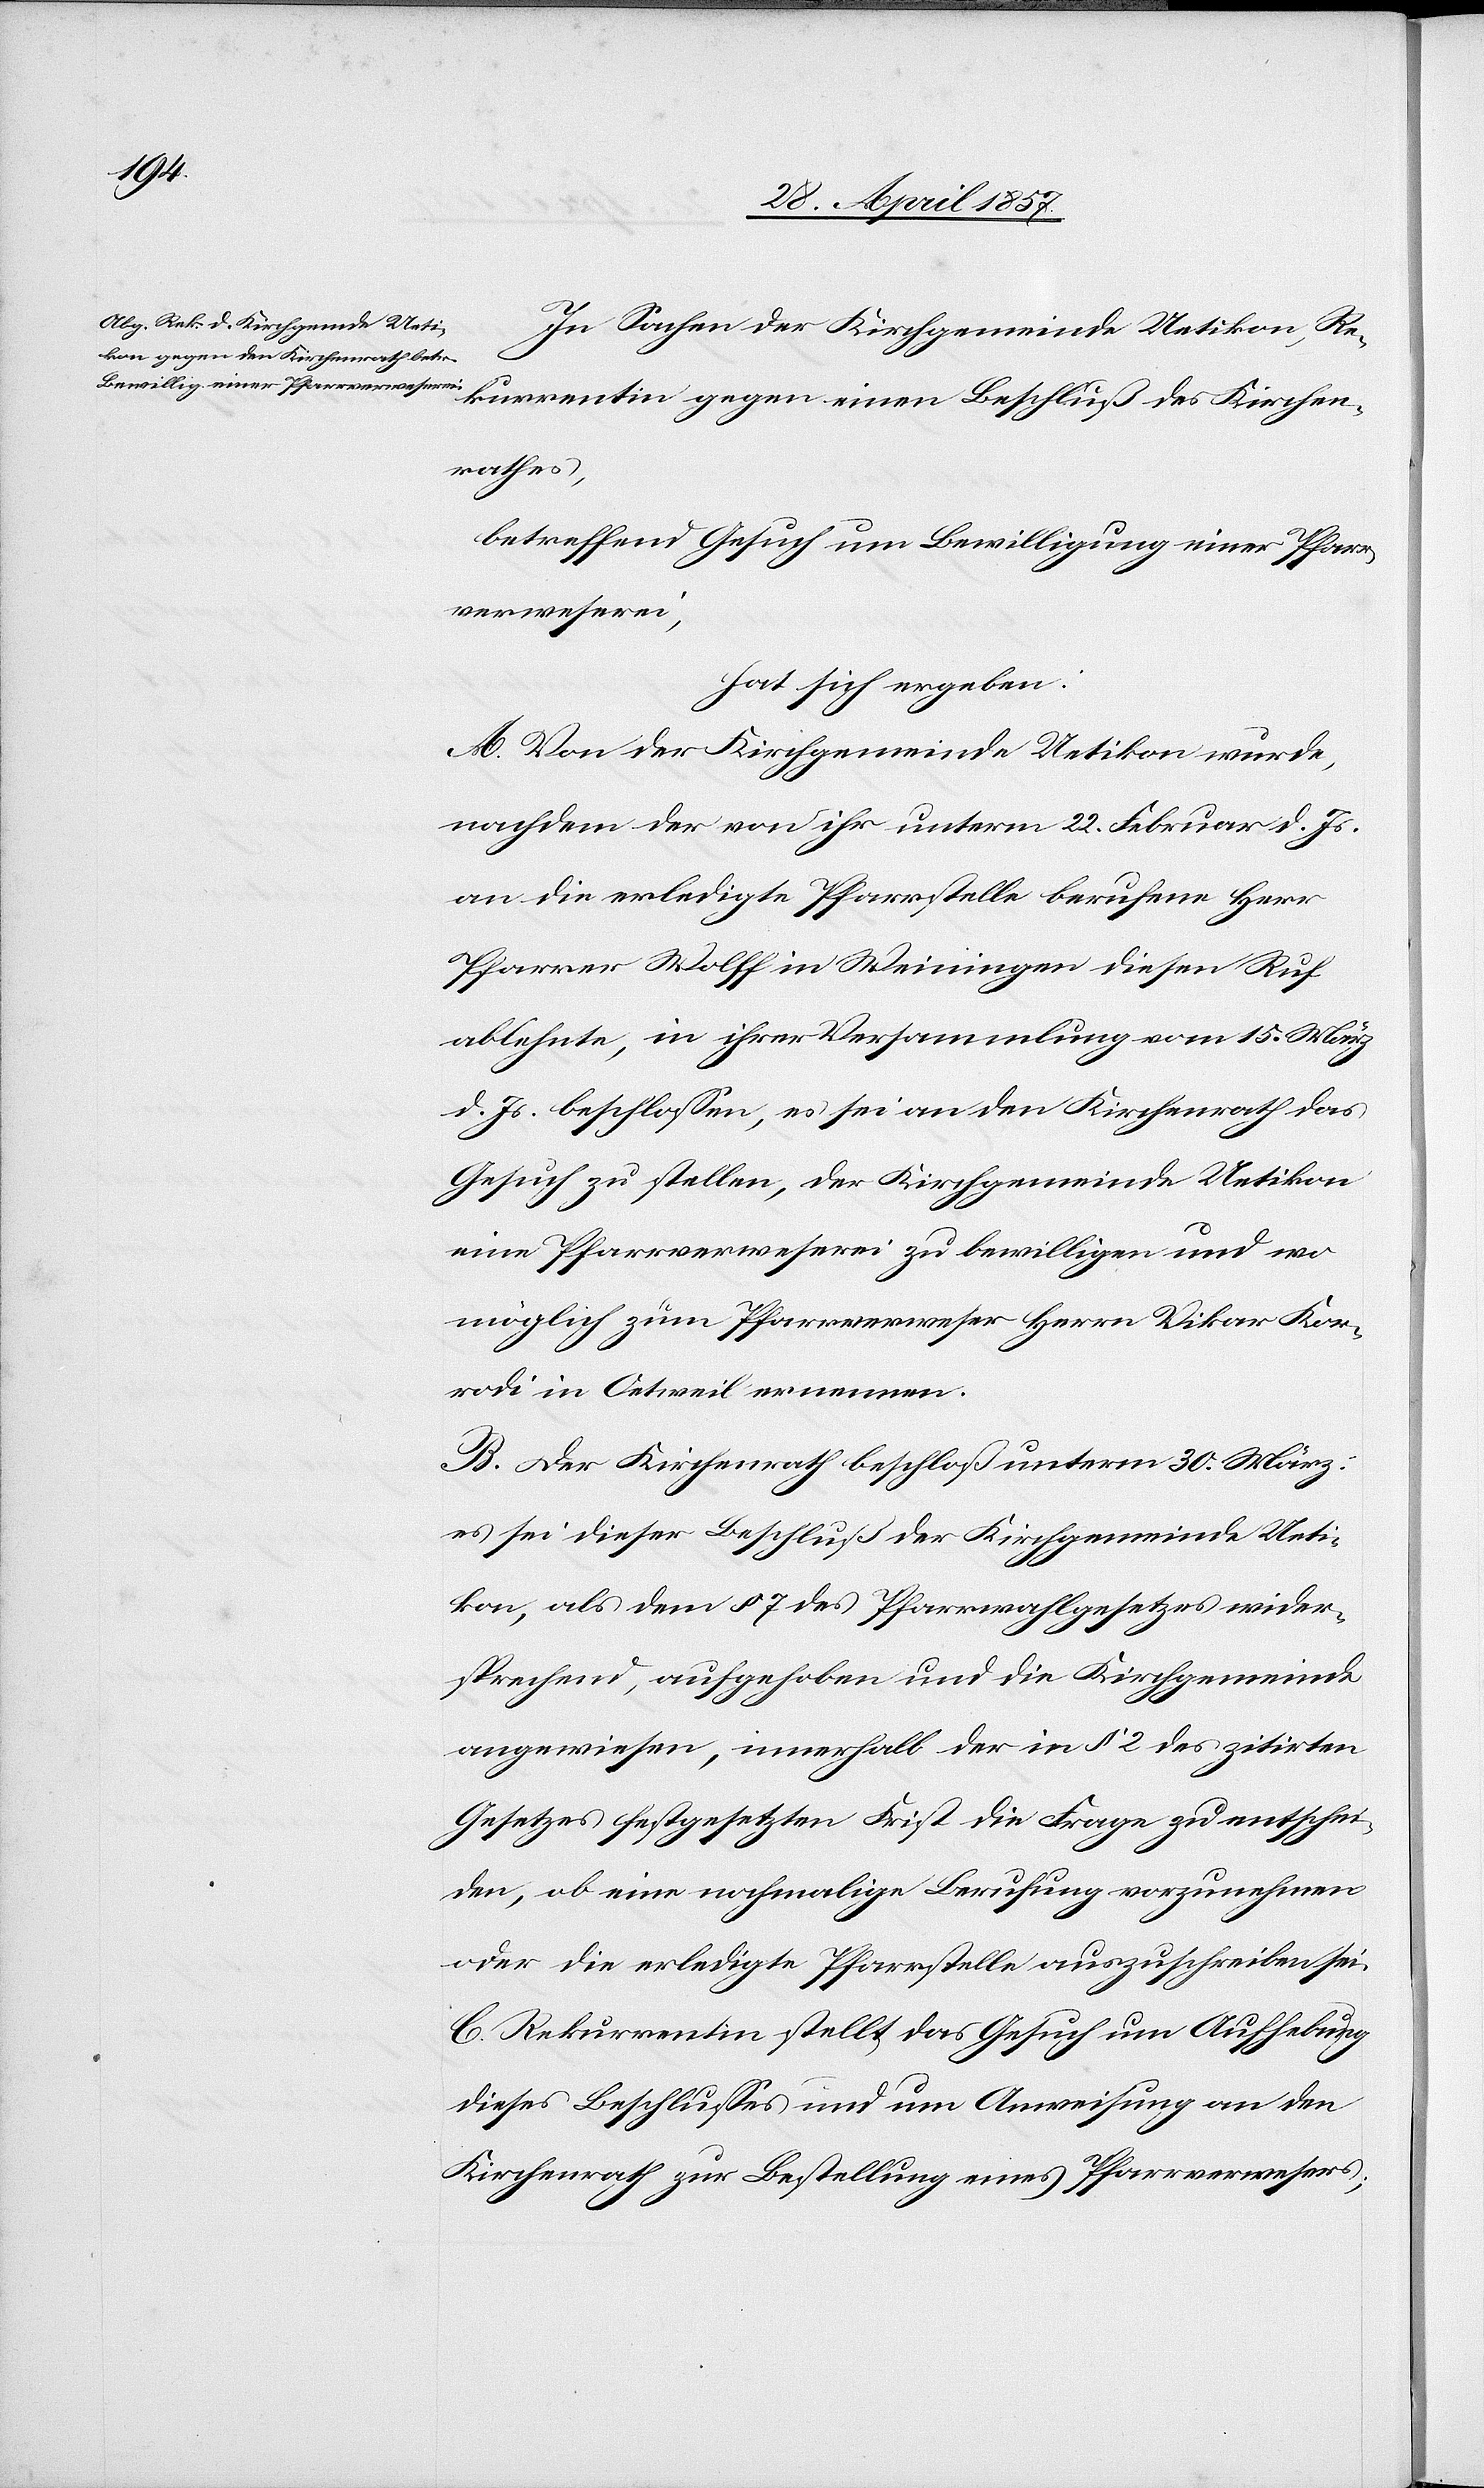
In Sachen der Kirchgemeinde Uetikon, Re¬
kurrentin gegen einen Beschluß des Kirchen¬
rathes,
betreffend das Gesuch um Bewilligung einer Pfarr¬
verweserei,
hat sich ergeben:
A. Von der Kirchgemeinde Uetikon wurde,
nachdem der von ihr unterm 22 Februar d. Js.
an die erledigte Pfarrstelle berufene Herr
Pfarrer Wolff in Weiningen diesen Ruf
ablehnte, in ihrer Versammlung vom 15 März
d. Js. beschloßen, es sei an den Kirchenrath das
Gesuch zu stellen, der Kirchgemeinde Uetikon
eine Pfarrverweserei zu bewilligen und wo
möglich zum Pfarrverweser Herrn Vikar Kor¬
rodi in Oetweil ernennen.
B. Der Kirchenrath beschloß unterm 30 März
es sei dieser Beschluß der Kirchgemeinde Ueti¬
kon, als dem § 7 des Pfarrwahlgesetzes wider¬
sprechend, aufgehoben und die Kirchgemeinde
angewiesen, innerhalb der in § 2 des zitirten
Gesetzes festgesetzten Frist die Frage zu entschei¬
den, ob eine nochmalige Berufung vorzunehmen
oder die erledigte Pfarrstelle auszuschreiben sei.
C. Rekurrentin stellt das Gesuch um Aufhebung
dieses Beschlußes und um Ausweisung an den
Kirchenrath zur Bestellung eines Pfarrverwesers;